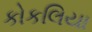
કોકલિયા